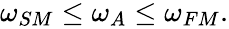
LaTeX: \begin{array}{r}{\omega_{SM}\leq\omega_{A}\leq\omega_{FM}.}\end{array}